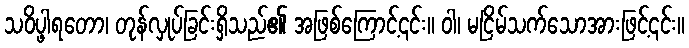
သဝိပ္ဖါရတော၊ တုန်လှုပ်ခြင်းရှိသည်၏ အဖြစ်ကြောင့်၎င်း။ ဝါ၊ မငြိမ်သက်သောအားဖြင့်၎င်း။